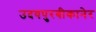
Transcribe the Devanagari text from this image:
उदयपुरबीकानेर